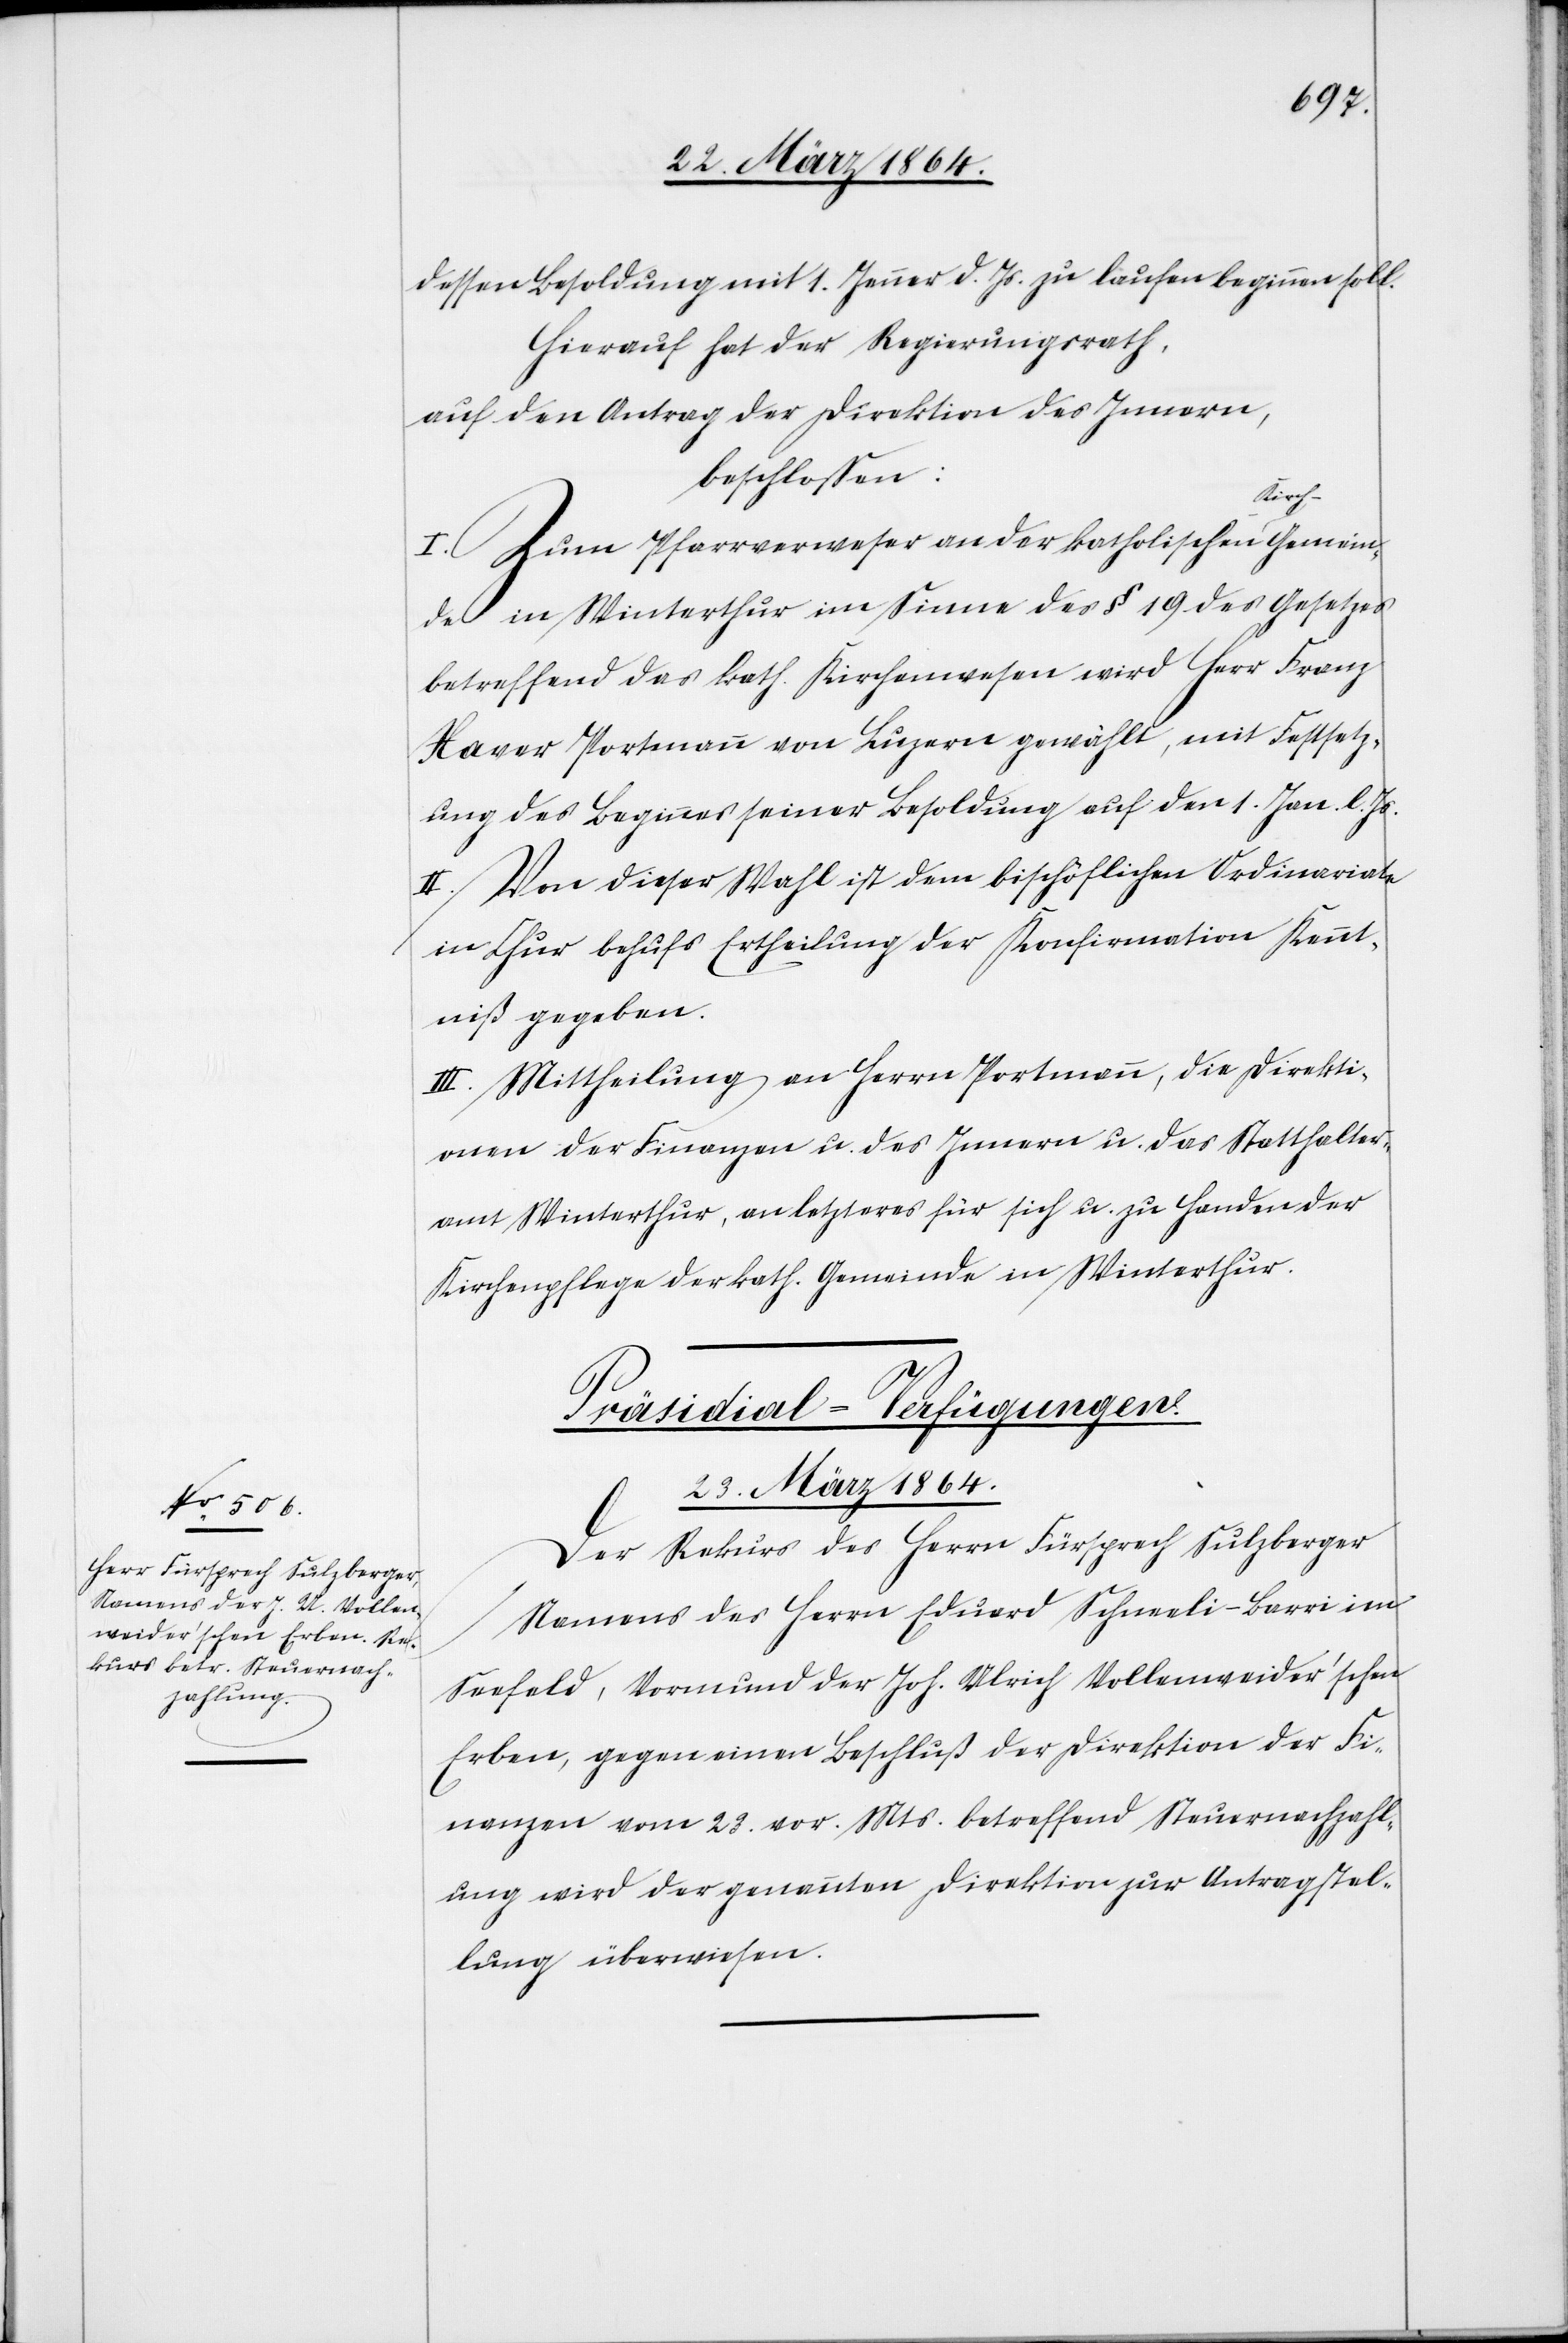
dessen Besoldung mit 1. Jenner d. Js. zu laufen beginnen soll.
Hierauf hat der Regierungsrath,
auf den Antrag der Direktion des Innern,
beschlossen:
I. Zum Pfarrverweser an der katholischen Kirch-Gemein¬
de in Winterthur im Sinne des § 19 des Gesetzes
betreffend das kath. Kirchenwesen wird Herr Franz
Xaver Portmann von Luzern gewählt, mit Festsetz¬
ung des Beginnes seiner Besoldung auf den 1. Jan. l. Js.
II. Von dieser Wahl ist dem bischöflichen Ordinariate
in Chur behufs Ertheilung der Konfirmation Kennt¬
niß gegeben.
III. Mittheilung an Herrn Portmann, die Direkti¬
onen der Finanzen u. des Innern u. das Statthalter¬
amt Winterthur, an letzteres für sich u. zu Handen der
Kirchenpflege der kath. Gemeinde in Winterthur.
Präsidial-Verfügungen.
23. März 1864.
Der Rekurs des Herrn Fürsprech Sulzberger
Namens des Herrn Eduard Schneeli-Burri im
Seefeld, Vormund der Joh. Ulrich Vollenweider’schen
Erben, gegen einen Beschluß der Direktion der Fi¬
nanzen vom 23. vor. Mts. betreffend Steuernachzahl¬
ung wird der genannten Direktion zur Antragstel¬
lung überwiesen.